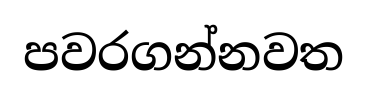
පවරගන්නවත